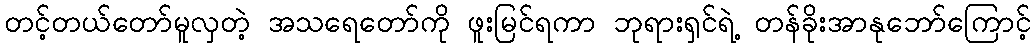
တင့်တယ်တော်မူလှတဲ့ အသရေတော်ကို ဖူးမြင်ရကာ ဘုရားရှင်ရဲ့ တန်ခိုးအာနုဘော်ကြောင့်